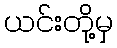
ယင်းတို့မှ